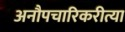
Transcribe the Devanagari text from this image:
अनौपचारिकरीत्या